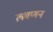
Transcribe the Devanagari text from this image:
लवणन